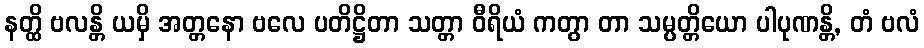
နတ္ထိ ဗလန္တိ ယမှိ အတ္တနော ဗလေ ပတိဋ္ဌိတာ သတ္တာ ဝီရိယံ ကတွာ တာ သမ္ပတ္တိယော ပါပုဏန္တိ, တံ ဗလံ